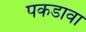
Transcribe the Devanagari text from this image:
पकडावा